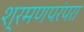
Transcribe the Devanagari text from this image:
श्रमणपरंपरा